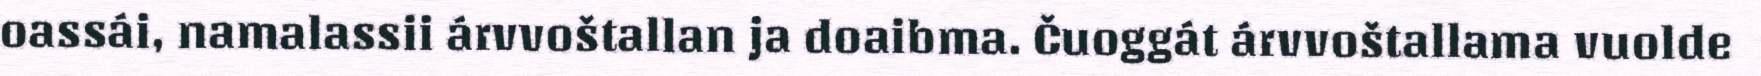
oassái, namalassii árvvoštallan ja doaibma. Čuoggát árvvoštallama vuolde